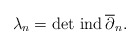
\begin{align*}\lambda_n=\det \,{\rm ind}\,\overline \partial_n.\end{align*}